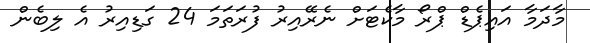
މާދަމާ އައިޕެޑް ޕްރޯ މާކެޓަށް ނެރޭއިރު ފުރަތަމަ 24 ގަޑިއިރު އެ ލިބެން